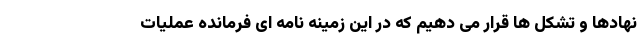
نهادها و تشکل ها قرار می دهیم که در این زمینه نامه ای فرمانده عملیات